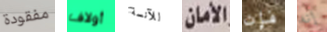
مفقودة أولاف للآنسة الأمان فإن إنه